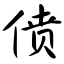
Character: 偾